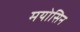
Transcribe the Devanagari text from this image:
मयोसिन